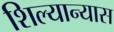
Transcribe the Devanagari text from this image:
शिल्यान्यास